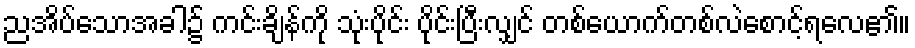
ညအိပ်သောအခါ၌ ကင်းချိန်ကို သုံးပိုင်း ပိုင်းပြီးလျှင် တစ်ယောက်တစ်လဲစောင့်ရလေ၏။